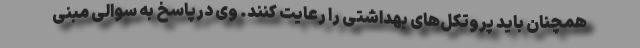
همچنان باید پروتکل‌های بهداشتی را رعایت کنند. وی درپاسخ به سوالی مبنی